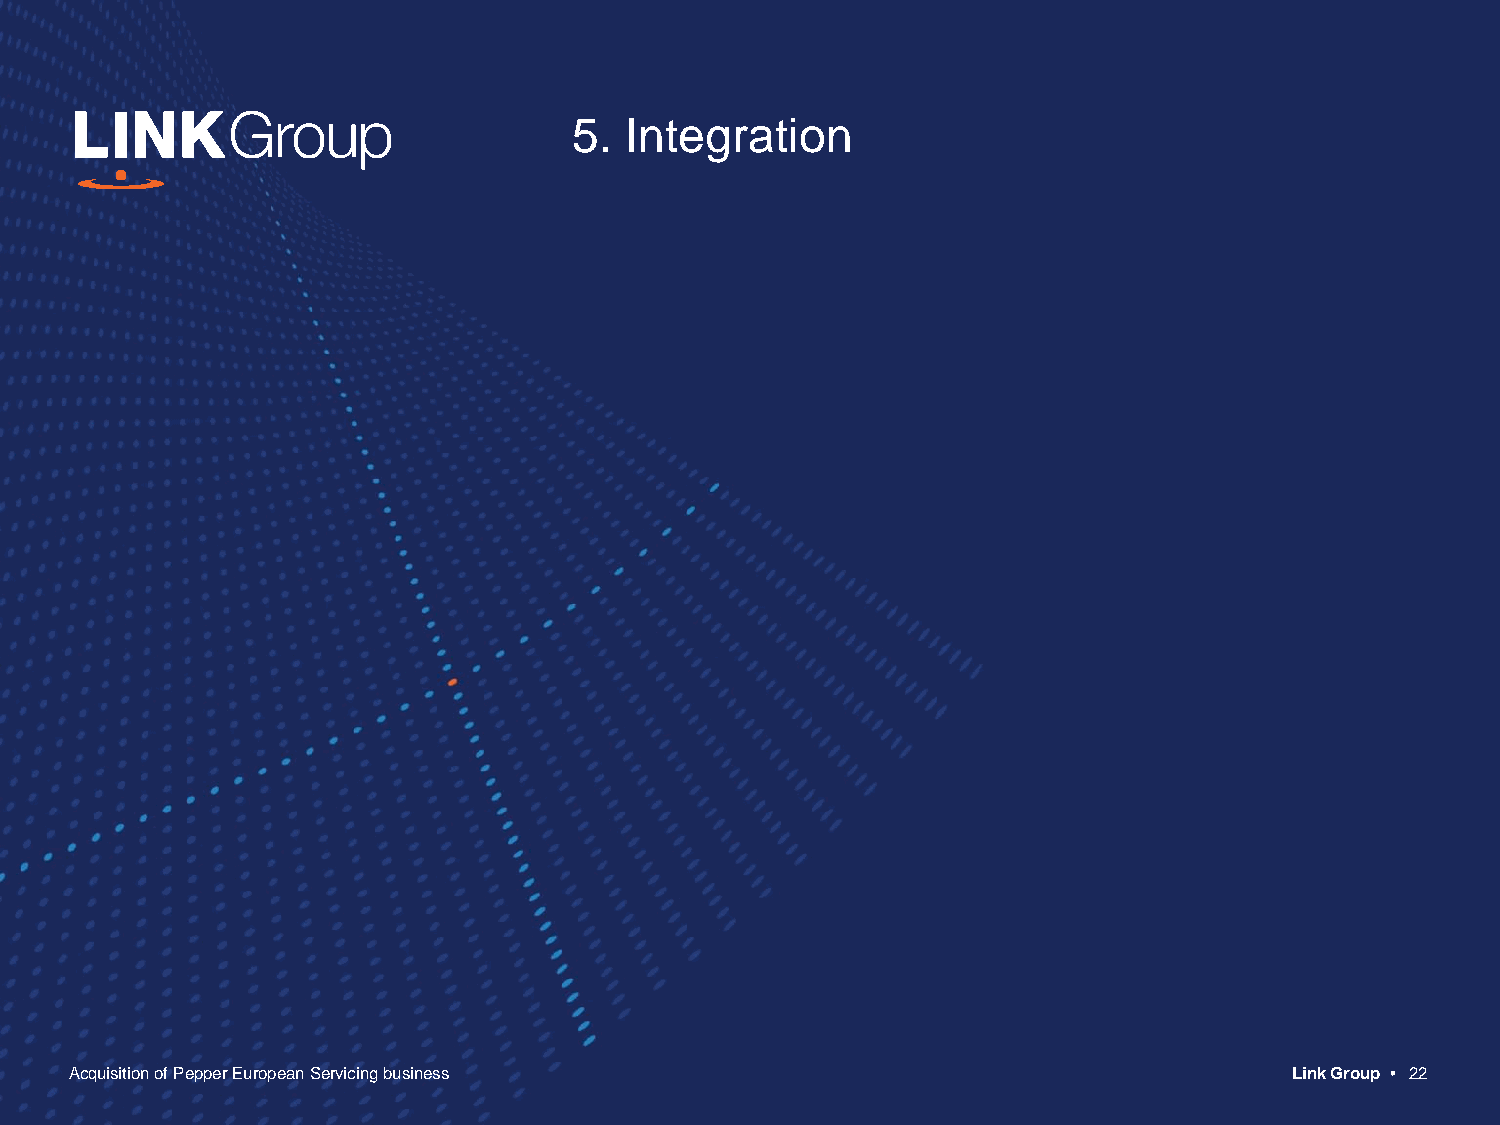
5. Integration
 Acquisition of Pepper European Servicing business                                Link Group • 22